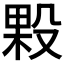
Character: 𭮲